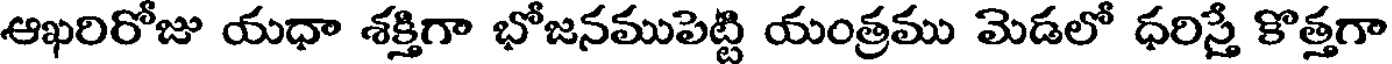
ఆఖరిరోజు యధా శక్తిగా భోజనముపెట్టి యంత్రము మెడలో ధరిస్తే కొత్తగా